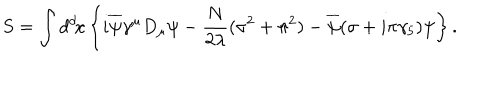
LaTeX: S = \int d ^ { d } \! x \left\{ i \overline { { { \psi } } } \gamma ^ { \mu } D _ { \mu } \psi - { \frac { N } { 2 \lambda } } ( \sigma ^ { 2 } + \pi ^ { 2 } ) - \overline { { { \psi } } } ( \sigma + i \pi \gamma _ { 5 } ) \psi \right\} .